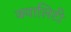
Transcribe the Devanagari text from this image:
क्यालिटी